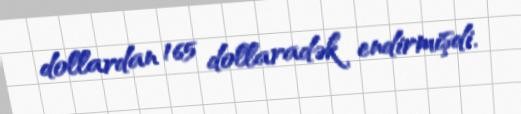
dollardan 165 dollaradək endirmişdi.